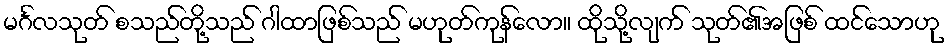
မင်္ဂလသုတ် စသည်တို့သည် ဂါထာဖြစ်သည် မဟုတ်ကုန်လော။ ထိုသို့လျက် သုတ်၏အဖြစ် ထင်သောဟု